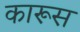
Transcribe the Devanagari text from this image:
कारूस